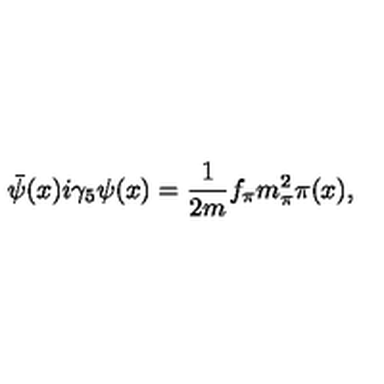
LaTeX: \bar { \psi } ( x ) i \gamma _ { 5 } \psi ( x ) = \frac { 1 } { 2 m } f _ { \pi } m _ { \pi } ^ { 2 } \pi ( x ) ,